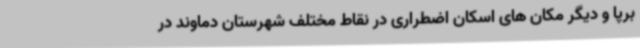
برپا و دیگر مکان های اسکان اضطراری در نقاط مختلف شهرستان دماوند در